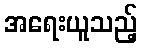
အရေးယူသည့်